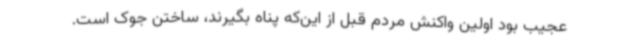
عجیب بود اولین واکنش مردم قبل از این‌که پناه بگیرند، ساختن جوک است.